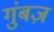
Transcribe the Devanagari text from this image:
गुंबज़